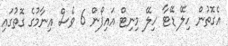
އެގޮތުން ހިލޭ ޑޭޓާ ހިލޭ މިނިޓް އައިފޯން 6 ވެސް އިނާމުގެ ގޮތުގައި